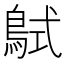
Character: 𪀸